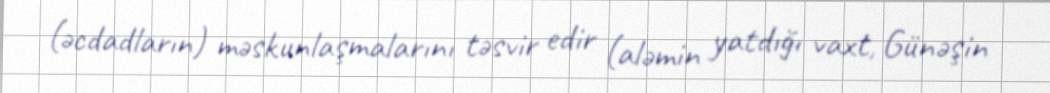
(əcdadların) məskunlaşmalarını təsvir edir (aləmin yatdığı vaxt, Günəşin